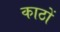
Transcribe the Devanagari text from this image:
काठों